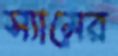
স্যামের